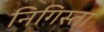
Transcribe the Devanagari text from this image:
निगिस्ता